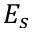
E _ { s }